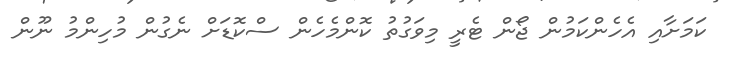
ކަމަށާއި އެހެންކަމުން ޖޯން ޓެރީ މިވަގުތު ކޮންމެހެން ސްކޮޑަށް ނެގުން މުހިންމު ނޫން